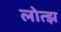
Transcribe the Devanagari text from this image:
लोत्झ